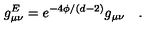
g _ { \mu \nu } ^ { E } = e ^ { - 4 \phi / ( d - 2 ) } g _ { \mu \nu } \quad .